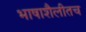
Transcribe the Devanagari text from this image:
भाषाशैलीतच